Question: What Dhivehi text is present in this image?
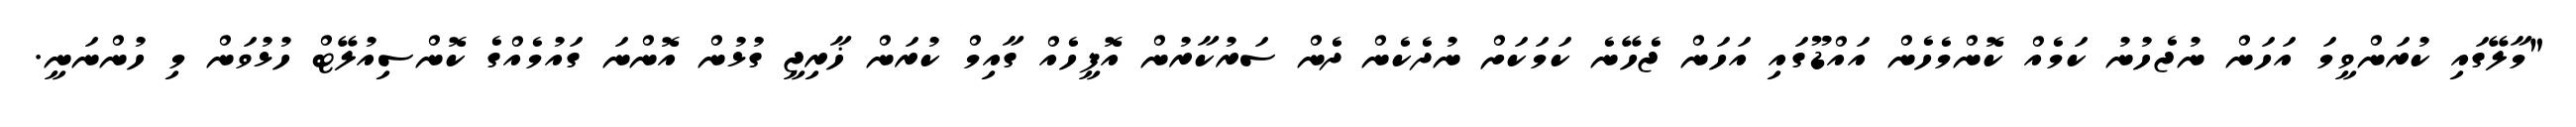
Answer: "މާލޭގައި ކުރަންވީމަ އަހަން ނުޖެހުނު ކަމެއް ކޮންމެހެން އައްޑޫގައި އަހަން ޖެހޭނެ ކަމަކަށް ނުދެކެން ދެން ސަރުކާރުން އޮފީހެއް ގާއިމް ކުރަން ޚާރިޖީ ގުޅުން އޮންނަ ގައުމެއްގެ ކޮންސިއުލޭޓް ހުޅުވަން މި ހުންނަނީ.